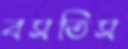
বসতিস